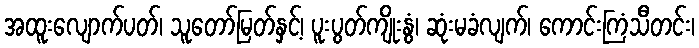
အထူးလျောက်ပတ်၊ သူတော်မြတ်နှင့်၊ ပူးပွတ်ကျိုးနွံ၊ ဆုံးမခံလျက်၊ ကောင်းကြံသီတင်း၊